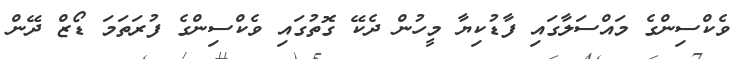
ވެކްސިންގެ މައްސަލާގައި ފާޑުކިޔާ މީހުން ދެކޭ ގޮތުގައި ވެކްސިންގެ ފުރަތަމަ ޑޯޒް ދޭން